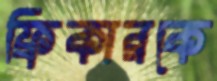
ফ্রিকারকে